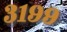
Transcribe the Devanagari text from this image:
३१९९